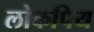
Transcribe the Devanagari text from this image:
लोकपिय